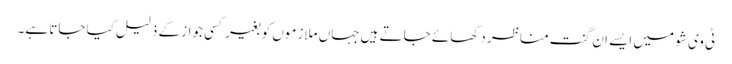
ٹی وی شو میں ایسے ان گنت مناظر دکھائے جاتے ہیں جہاں ملازموں کو بغیر کسی جواز کے ذلیل کیا جاتا ہے۔